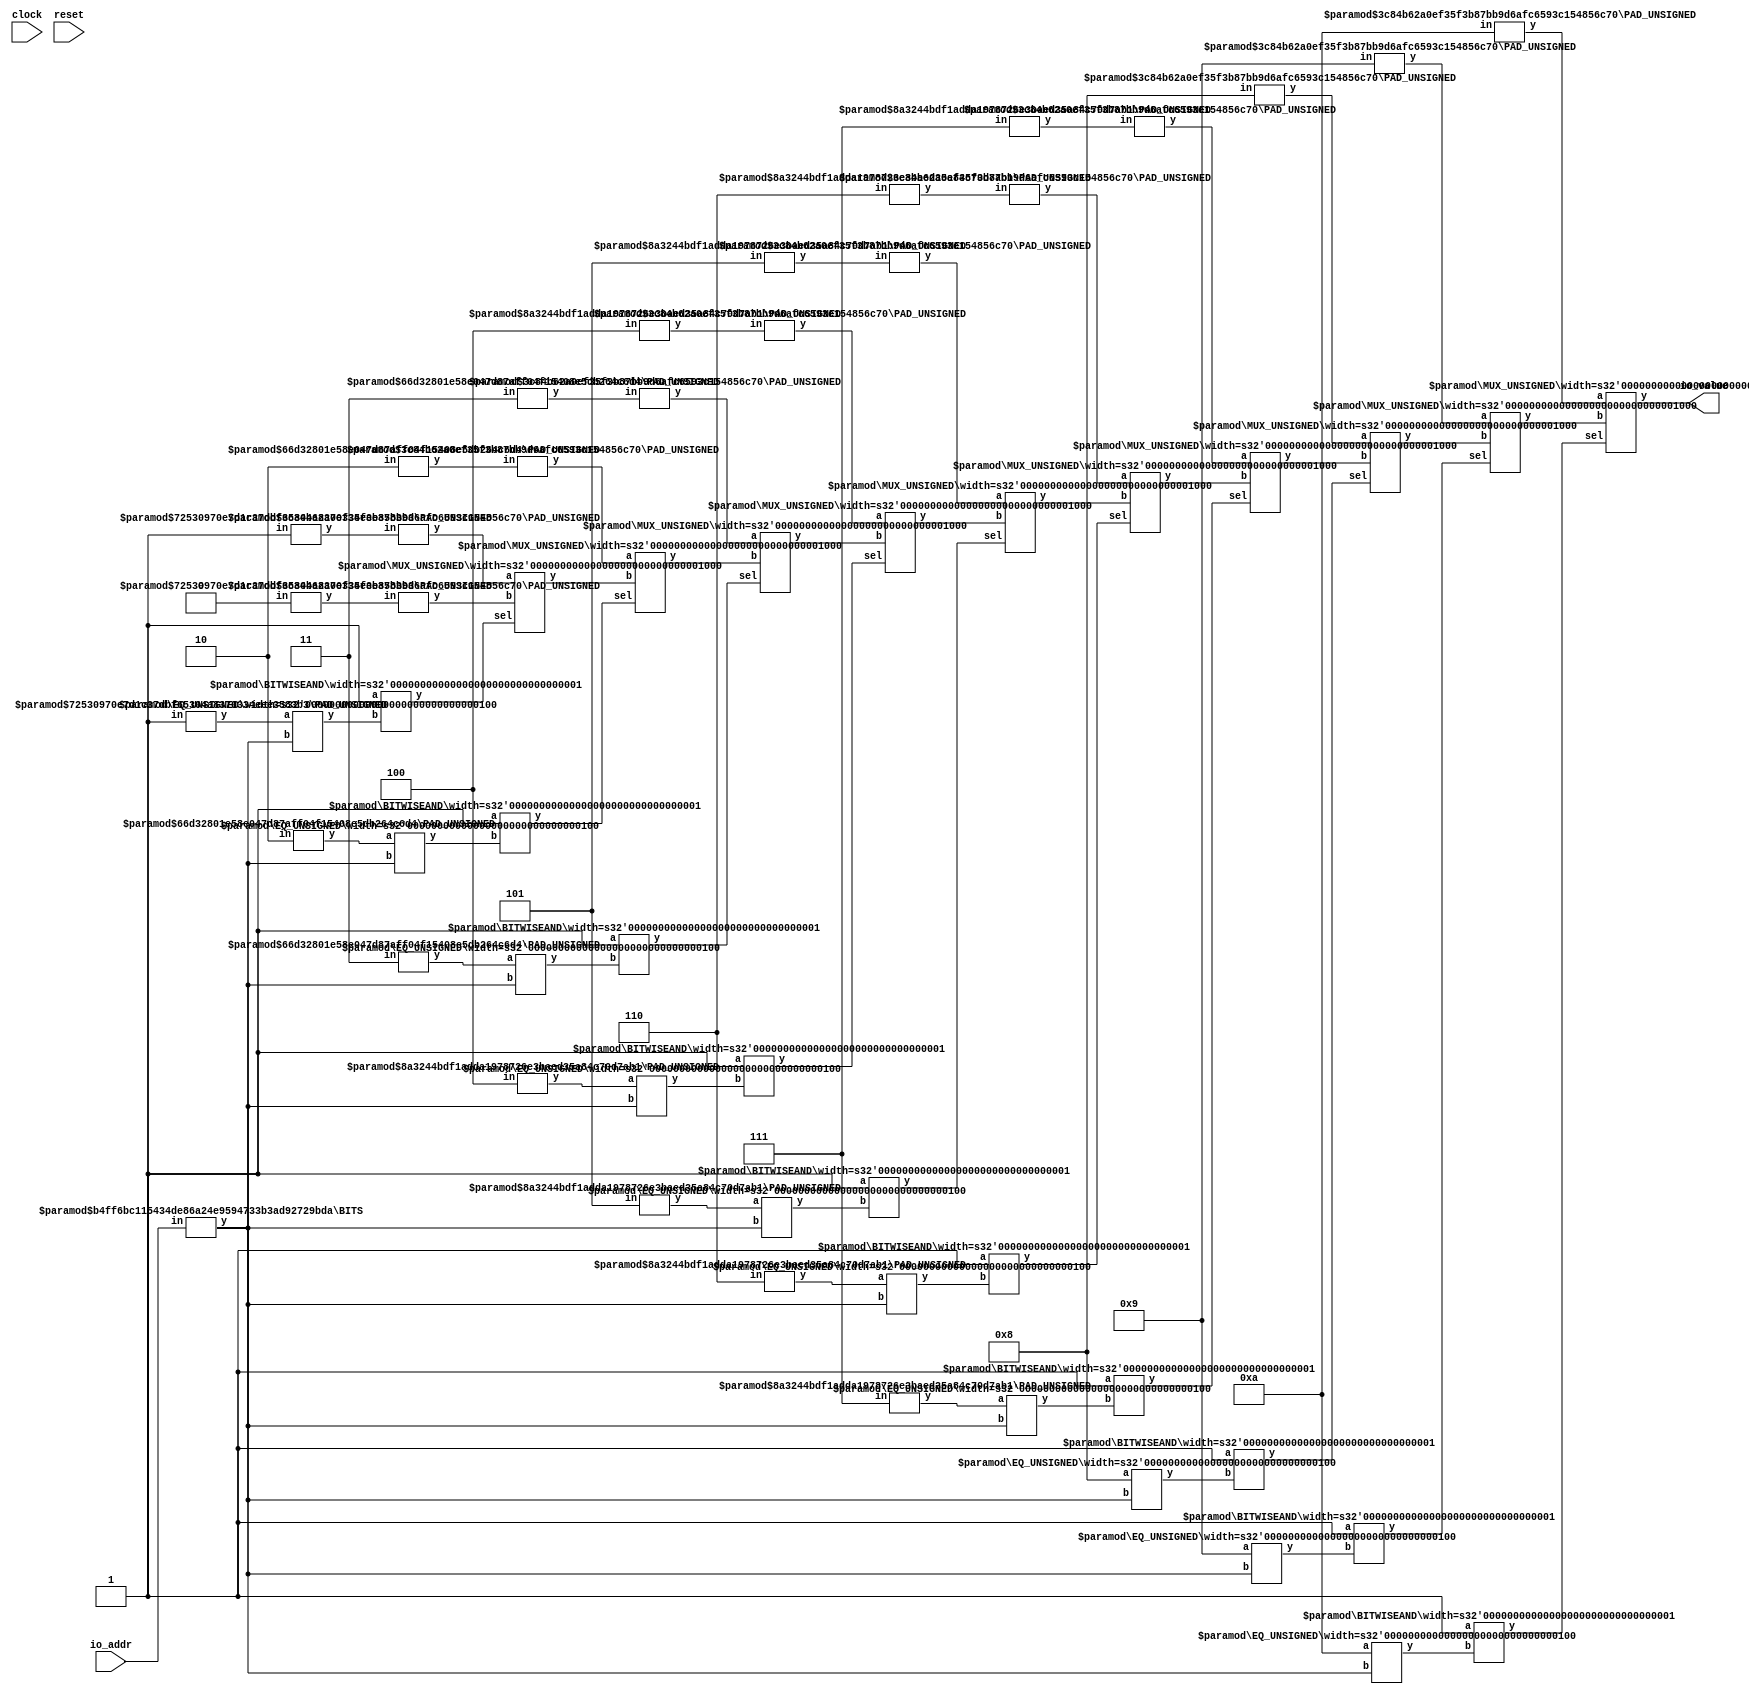
module VF(
    input clock,
    input reset,
    input [7:0] io_addr,
    output [7:0] io_value
);
    wire [7:0] vec_0;
    wire [7:0] vec_1;
    wire [7:0] vec_2;
    wire [7:0] vec_3;
    wire [7:0] vec_4;
    wire [7:0] vec_5;
    wire [7:0] vec_6;
    wire [7:0] vec_7;
    wire [7:0] vec_8;
    wire [7:0] vec_9;
    wire [7:0] vec_10;
    wire [3:0] _T_33_0;
    wire [3:0] _T_33_1;
    wire [3:0] _T_33_2;
    wire [3:0] _T_33_3;
    wire [3:0] _T_33_4;
    wire [3:0] _T_33_5;
    wire [3:0] _T_33_6;
    wire [3:0] _T_33_7;
    wire [3:0] _T_33_8;
    wire [3:0] _T_33_9;
    wire [3:0] _T_33_10;
    wire [3:0] _T_48;
    BITS #(.width(8), .high(3), .low(0)) bits_1 (
        .y(_T_48),
        .in(io_addr)
    );
    wire [7:0] _GEN_0;
    wire _node_0;
    wire [3:0] _WTEMP_0;
    PAD_UNSIGNED #(.width(1), .n(4)) u_pad_2 (
        .y(_WTEMP_0),
        .in(1'h1)
    );
    EQ_UNSIGNED #(.width(4)) u_eq_3 (
        .y(_node_0),
        .a(_WTEMP_0),
        .b(_T_48)
    );
    wire _node_1;
    BITWISEAND #(.width(1)) bitwiseand_4 (
        .y(_node_1),
        .a(1'h1),
        .b(_node_0)
    );
    wire [7:0] _GEN_1;
    MUX_UNSIGNED #(.width(8)) u_mux_5 (
        .y(_GEN_1),
        .sel(_node_1),
        .a(vec_1),
        .b(vec_0)
    );
    wire _node_2;
    wire [3:0] _WTEMP_1;
    PAD_UNSIGNED #(.width(2), .n(4)) u_pad_6 (
        .y(_WTEMP_1),
        .in(2'h2)
    );
    EQ_UNSIGNED #(.width(4)) u_eq_7 (
        .y(_node_2),
        .a(_WTEMP_1),
        .b(_T_48)
    );
    wire _node_3;
    BITWISEAND #(.width(1)) bitwiseand_8 (
        .y(_node_3),
        .a(1'h1),
        .b(_node_2)
    );
    wire [7:0] _GEN_2;
    MUX_UNSIGNED #(.width(8)) u_mux_9 (
        .y(_GEN_2),
        .sel(_node_3),
        .a(vec_2),
        .b(_GEN_1)
    );
    wire _node_4;
    wire [3:0] _WTEMP_2;
    PAD_UNSIGNED #(.width(2), .n(4)) u_pad_10 (
        .y(_WTEMP_2),
        .in(2'h3)
    );
    EQ_UNSIGNED #(.width(4)) u_eq_11 (
        .y(_node_4),
        .a(_WTEMP_2),
        .b(_T_48)
    );
    wire _node_5;
    BITWISEAND #(.width(1)) bitwiseand_12 (
        .y(_node_5),
        .a(1'h1),
        .b(_node_4)
    );
    wire [7:0] _GEN_3;
    MUX_UNSIGNED #(.width(8)) u_mux_13 (
        .y(_GEN_3),
        .sel(_node_5),
        .a(vec_3),
        .b(_GEN_2)
    );
    wire _node_6;
    wire [3:0] _WTEMP_3;
    PAD_UNSIGNED #(.width(3), .n(4)) u_pad_14 (
        .y(_WTEMP_3),
        .in(3'h4)
    );
    EQ_UNSIGNED #(.width(4)) u_eq_15 (
        .y(_node_6),
        .a(_WTEMP_3),
        .b(_T_48)
    );
    wire _node_7;
    BITWISEAND #(.width(1)) bitwiseand_16 (
        .y(_node_7),
        .a(1'h1),
        .b(_node_6)
    );
    wire [7:0] _GEN_4;
    MUX_UNSIGNED #(.width(8)) u_mux_17 (
        .y(_GEN_4),
        .sel(_node_7),
        .a(vec_4),
        .b(_GEN_3)
    );
    wire _node_8;
    wire [3:0] _WTEMP_4;
    PAD_UNSIGNED #(.width(3), .n(4)) u_pad_18 (
        .y(_WTEMP_4),
        .in(3'h5)
    );
    EQ_UNSIGNED #(.width(4)) u_eq_19 (
        .y(_node_8),
        .a(_WTEMP_4),
        .b(_T_48)
    );
    wire _node_9;
    BITWISEAND #(.width(1)) bitwiseand_20 (
        .y(_node_9),
        .a(1'h1),
        .b(_node_8)
    );
    wire [7:0] _GEN_5;
    MUX_UNSIGNED #(.width(8)) u_mux_21 (
        .y(_GEN_5),
        .sel(_node_9),
        .a(vec_5),
        .b(_GEN_4)
    );
    wire _node_10;
    wire [3:0] _WTEMP_5;
    PAD_UNSIGNED #(.width(3), .n(4)) u_pad_22 (
        .y(_WTEMP_5),
        .in(3'h6)
    );
    EQ_UNSIGNED #(.width(4)) u_eq_23 (
        .y(_node_10),
        .a(_WTEMP_5),
        .b(_T_48)
    );
    wire _node_11;
    BITWISEAND #(.width(1)) bitwiseand_24 (
        .y(_node_11),
        .a(1'h1),
        .b(_node_10)
    );
    wire [7:0] _GEN_6;
    MUX_UNSIGNED #(.width(8)) u_mux_25 (
        .y(_GEN_6),
        .sel(_node_11),
        .a(vec_6),
        .b(_GEN_5)
    );
    wire _node_12;
    wire [3:0] _WTEMP_6;
    PAD_UNSIGNED #(.width(3), .n(4)) u_pad_26 (
        .y(_WTEMP_6),
        .in(3'h7)
    );
    EQ_UNSIGNED #(.width(4)) u_eq_27 (
        .y(_node_12),
        .a(_WTEMP_6),
        .b(_T_48)
    );
    wire _node_13;
    BITWISEAND #(.width(1)) bitwiseand_28 (
        .y(_node_13),
        .a(1'h1),
        .b(_node_12)
    );
    wire [7:0] _GEN_7;
    MUX_UNSIGNED #(.width(8)) u_mux_29 (
        .y(_GEN_7),
        .sel(_node_13),
        .a(vec_7),
        .b(_GEN_6)
    );
    wire _node_14;
    EQ_UNSIGNED #(.width(4)) u_eq_30 (
        .y(_node_14),
        .a(4'h8),
        .b(_T_48)
    );
    wire _node_15;
    BITWISEAND #(.width(1)) bitwiseand_31 (
        .y(_node_15),
        .a(1'h1),
        .b(_node_14)
    );
    wire [7:0] _GEN_8;
    MUX_UNSIGNED #(.width(8)) u_mux_32 (
        .y(_GEN_8),
        .sel(_node_15),
        .a(vec_8),
        .b(_GEN_7)
    );
    wire _node_16;
    EQ_UNSIGNED #(.width(4)) u_eq_33 (
        .y(_node_16),
        .a(4'h9),
        .b(_T_48)
    );
    wire _node_17;
    BITWISEAND #(.width(1)) bitwiseand_34 (
        .y(_node_17),
        .a(1'h1),
        .b(_node_16)
    );
    wire [7:0] _GEN_9;
    MUX_UNSIGNED #(.width(8)) u_mux_35 (
        .y(_GEN_9),
        .sel(_node_17),
        .a(vec_9),
        .b(_GEN_8)
    );
    wire _node_18;
    EQ_UNSIGNED #(.width(4)) u_eq_36 (
        .y(_node_18),
        .a(4'hA),
        .b(_T_48)
    );
    wire _node_19;
    BITWISEAND #(.width(1)) bitwiseand_37 (
        .y(_node_19),
        .a(1'h1),
        .b(_node_18)
    );
    wire [7:0] _GEN_10;
    MUX_UNSIGNED #(.width(8)) u_mux_38 (
        .y(_GEN_10),
        .sel(_node_19),
        .a(vec_10),
        .b(_GEN_9)
    );
    assign _GEN_0 = _GEN_10;
    PAD_UNSIGNED #(.width(1), .n(4)) u_pad_39 (
        .y(_T_33_0),
        .in(1'h0)
    );
    PAD_UNSIGNED #(.width(1), .n(4)) u_pad_40 (
        .y(_T_33_1),
        .in(1'h1)
    );
    assign _T_33_10 = 4'hA;
    PAD_UNSIGNED #(.width(2), .n(4)) u_pad_41 (
        .y(_T_33_2),
        .in(2'h2)
    );
    PAD_UNSIGNED #(.width(2), .n(4)) u_pad_42 (
        .y(_T_33_3),
        .in(2'h3)
    );
    PAD_UNSIGNED #(.width(3), .n(4)) u_pad_43 (
        .y(_T_33_4),
        .in(3'h4)
    );
    PAD_UNSIGNED #(.width(3), .n(4)) u_pad_44 (
        .y(_T_33_5),
        .in(3'h5)
    );
    PAD_UNSIGNED #(.width(3), .n(4)) u_pad_45 (
        .y(_T_33_6),
        .in(3'h6)
    );
    PAD_UNSIGNED #(.width(3), .n(4)) u_pad_46 (
        .y(_T_33_7),
        .in(3'h7)
    );
    assign _T_33_8 = 4'h8;
    assign _T_33_9 = 4'h9;
    assign io_value = _GEN_0;
    PAD_UNSIGNED #(.width(4), .n(8)) u_pad_47 (
        .y(vec_0),
        .in(_T_33_0)
    );
    PAD_UNSIGNED #(.width(4), .n(8)) u_pad_48 (
        .y(vec_1),
        .in(_T_33_1)
    );
    PAD_UNSIGNED #(.width(4), .n(8)) u_pad_49 (
        .y(vec_10),
        .in(_T_33_10)
    );
    PAD_UNSIGNED #(.width(4), .n(8)) u_pad_50 (
        .y(vec_2),
        .in(_T_33_2)
    );
    PAD_UNSIGNED #(.width(4), .n(8)) u_pad_51 (
        .y(vec_3),
        .in(_T_33_3)
    );
    PAD_UNSIGNED #(.width(4), .n(8)) u_pad_52 (
        .y(vec_4),
        .in(_T_33_4)
    );
    PAD_UNSIGNED #(.width(4), .n(8)) u_pad_53 (
        .y(vec_5),
        .in(_T_33_5)
    );
    PAD_UNSIGNED #(.width(4), .n(8)) u_pad_54 (
        .y(vec_6),
        .in(_T_33_6)
    );
    PAD_UNSIGNED #(.width(4), .n(8)) u_pad_55 (
        .y(vec_7),
        .in(_T_33_7)
    );
    PAD_UNSIGNED #(.width(4), .n(8)) u_pad_56 (
        .y(vec_8),
        .in(_T_33_8)
    );
    PAD_UNSIGNED #(.width(4), .n(8)) u_pad_57 (
        .y(vec_9),
        .in(_T_33_9)
    );
endmodule //VF
module BITS(y, in);
    parameter width = 4;
    parameter high = 2;
    parameter low = 0;
    output [high-low:0] y;
    input [width-1:0] in;
    assign y = in[high:low];
endmodule // BITS
module PAD_UNSIGNED(y, in);
    parameter width = 4;
    parameter n = 4;
    output [(n > width ? n : width)-1:0] y;
    input [width-1:0] in;
    assign y = (n > width) ? {{(n - width){1'b0}}, in} : in;
endmodule // PAD_UNSIGNED
module EQ_UNSIGNED(y, a, b);
    parameter width = 4;
    output y;
    input [width-1:0] a;
    input [width-1:0] b;
    assign y = a == b;
endmodule // EQ_UNSIGNED
module BITWISEAND(y, a, b);
    parameter width = 4;
    output [width-1:0] y;
    input [width-1:0] a;
    input [width-1:0] b;
    assign y = a & b;
endmodule // BITWISEAND
module MUX_UNSIGNED(y, sel, a, b);
    parameter width = 4;
    output [width-1:0] y;
    input sel;
    input [width-1:0] a;
    input [width-1:0] b;
    assign y = sel ? a : b;
endmodule // MUX_UNSIGNED